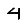
Digit: 4